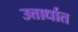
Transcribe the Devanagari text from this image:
उत्तार्धात